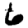
Digit: 6